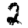
Digit: 2